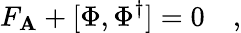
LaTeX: F_{\mathbf{A}}+[\Phi,\Phi^{\dagger}]=0\quad,